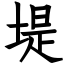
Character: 堤